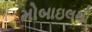
મોબાઇલથી